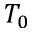
T _ { 0 }